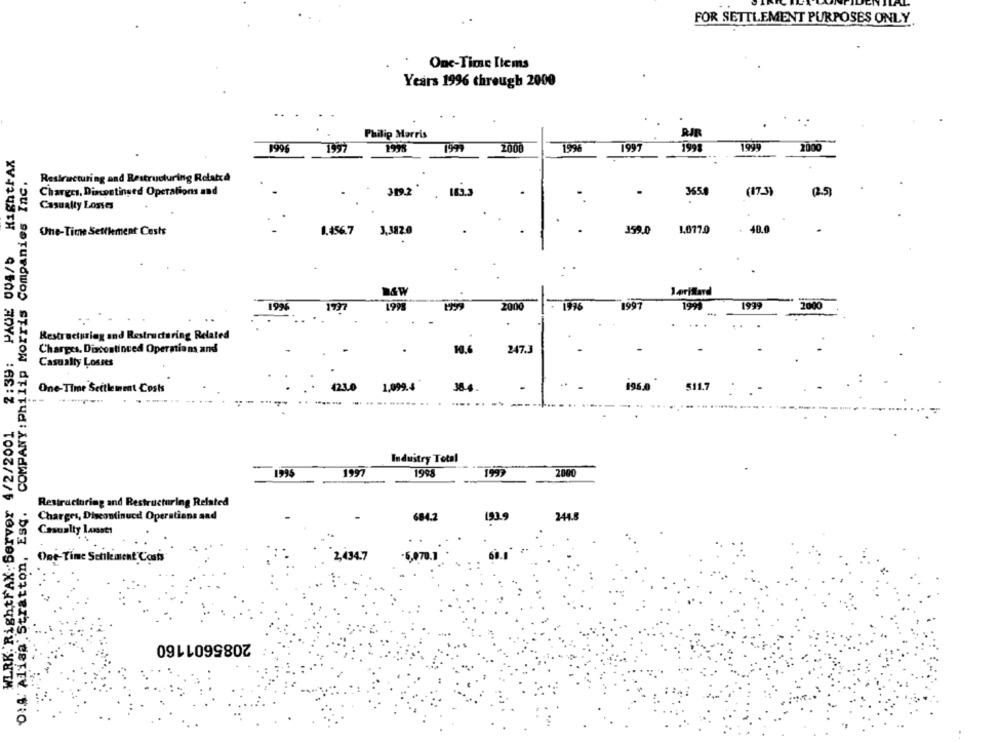
FOR SETTLEMENT PURPOSES ONLY.
One-Time Items
Years 1996 through 2000
..
Philip Morris
RJR
199%
1996
1997
1991
1999
2000
HightrAX
O:4 Alisa . Stratton, Esq. COMPANY : Philip Morris Companies Inc.
Restructuring and Restructuring Rolatcd
Charges, Discontinued Operations and
319.2
. 183.3
3650
(17.3)
Casualty Losses
Une-Time Settlement Cests
3.382.0
359.0
1.077.0
40.0
1.456.7
2:39: PAGE 004/5
Loritard
14W
1997
1991
1999
192
199%
2000
Restructuring and Restructuring Related
247.3
Charges, Discontinued Operation and
Casualty Losses
One-Time Settlement Costs
1230
1,099.4
384
511.7
WLRK. RightFAX: Server 4/2/2001
Industry Total
1995
1997
1998
199
2000
Restructuring and Restructuring Related
Charges, Discontinued Operations and
684.2
1939
244.8
Casualty Laasses
2,434.7
,070.
Ost-Time Schlement Costs
2085601160